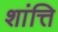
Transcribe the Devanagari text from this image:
शांत्ति